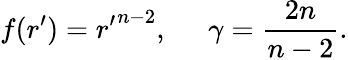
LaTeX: f(r^{\prime})={r^{\prime}}^{n-2},\; \; \; \; \; \gamma={\frac{2n}{n-2}}.